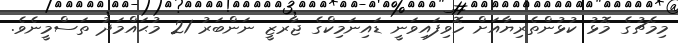
މިމެޗުގެ މޮޅު ކުޅުންތެރިޔާއަށް ހޮވިފައިވަނީ ޑައިނަމިކްގެ ޖާރޒީ ނަންބަރު 21 މުޙައްމަދު ތަސްމީނެވެ.